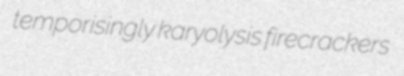
temporisingly karyolysis firecrackers